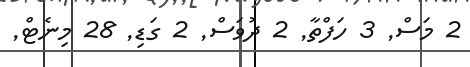
2 މަސް